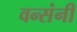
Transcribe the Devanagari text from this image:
वन्संनी